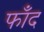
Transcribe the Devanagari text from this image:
फाँद